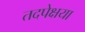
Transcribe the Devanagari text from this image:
तदपेक्षया